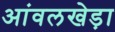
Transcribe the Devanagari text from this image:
आंवलखेड़ा